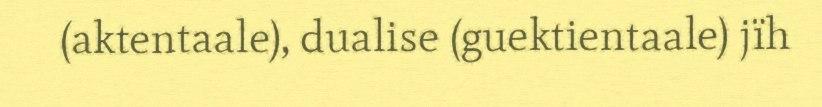
(aktentaale), dualise (guektientaale) jïh